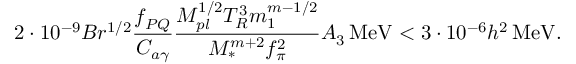
2 \cdot 1 0 ^ { - 9 } B r ^ { 1 / 2 } \frac { f _ { P Q } } { C _ { a \gamma } } \frac { M _ { p l } ^ { 1 / 2 } T _ { R } ^ { 3 } m _ { 1 } ^ { m - 1 / 2 } } { M _ { * } ^ { m + 2 } f _ { \pi } ^ { 2 } } A _ { 3 } \, \mathrm { M e V } < 3 \cdot 1 0 ^ { - 6 } h ^ { 2 } \, \mathrm { M e V } .